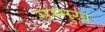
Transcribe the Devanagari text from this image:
संम्मुख